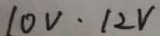
1 0 V \cdot 1 2 V